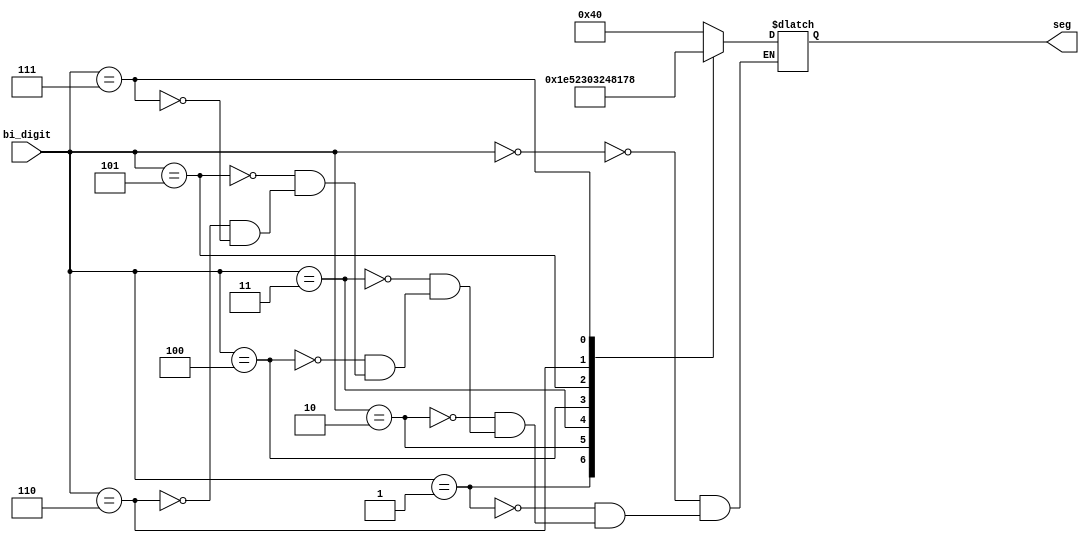
module bin_7seg(bi_digit,seg);
input [3:0] bi_digit;
output [6:0] seg;
reg [6:0] seg;
// seg = {g,f,e,d,c,b,a};
always @ (bi_digit)
case (bi_digit)
4'h0: seg = ~7'b0111111;
4'h1: seg = ~7'b0000110;                // ---a----
4'h2: seg = ~7'b1011011;                // |      |
4'h3: seg = ~7'b1001111;               // f      b
4'h4: seg = ~7'b1100110;
4'h5: seg = ~7'b1101101;
4'h6: seg = ~7'b1111101;
4'h7: seg = ~7'b0000111;
endcase
endmodule